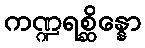
ကဏ္ဍရစ္ဆိန္နော